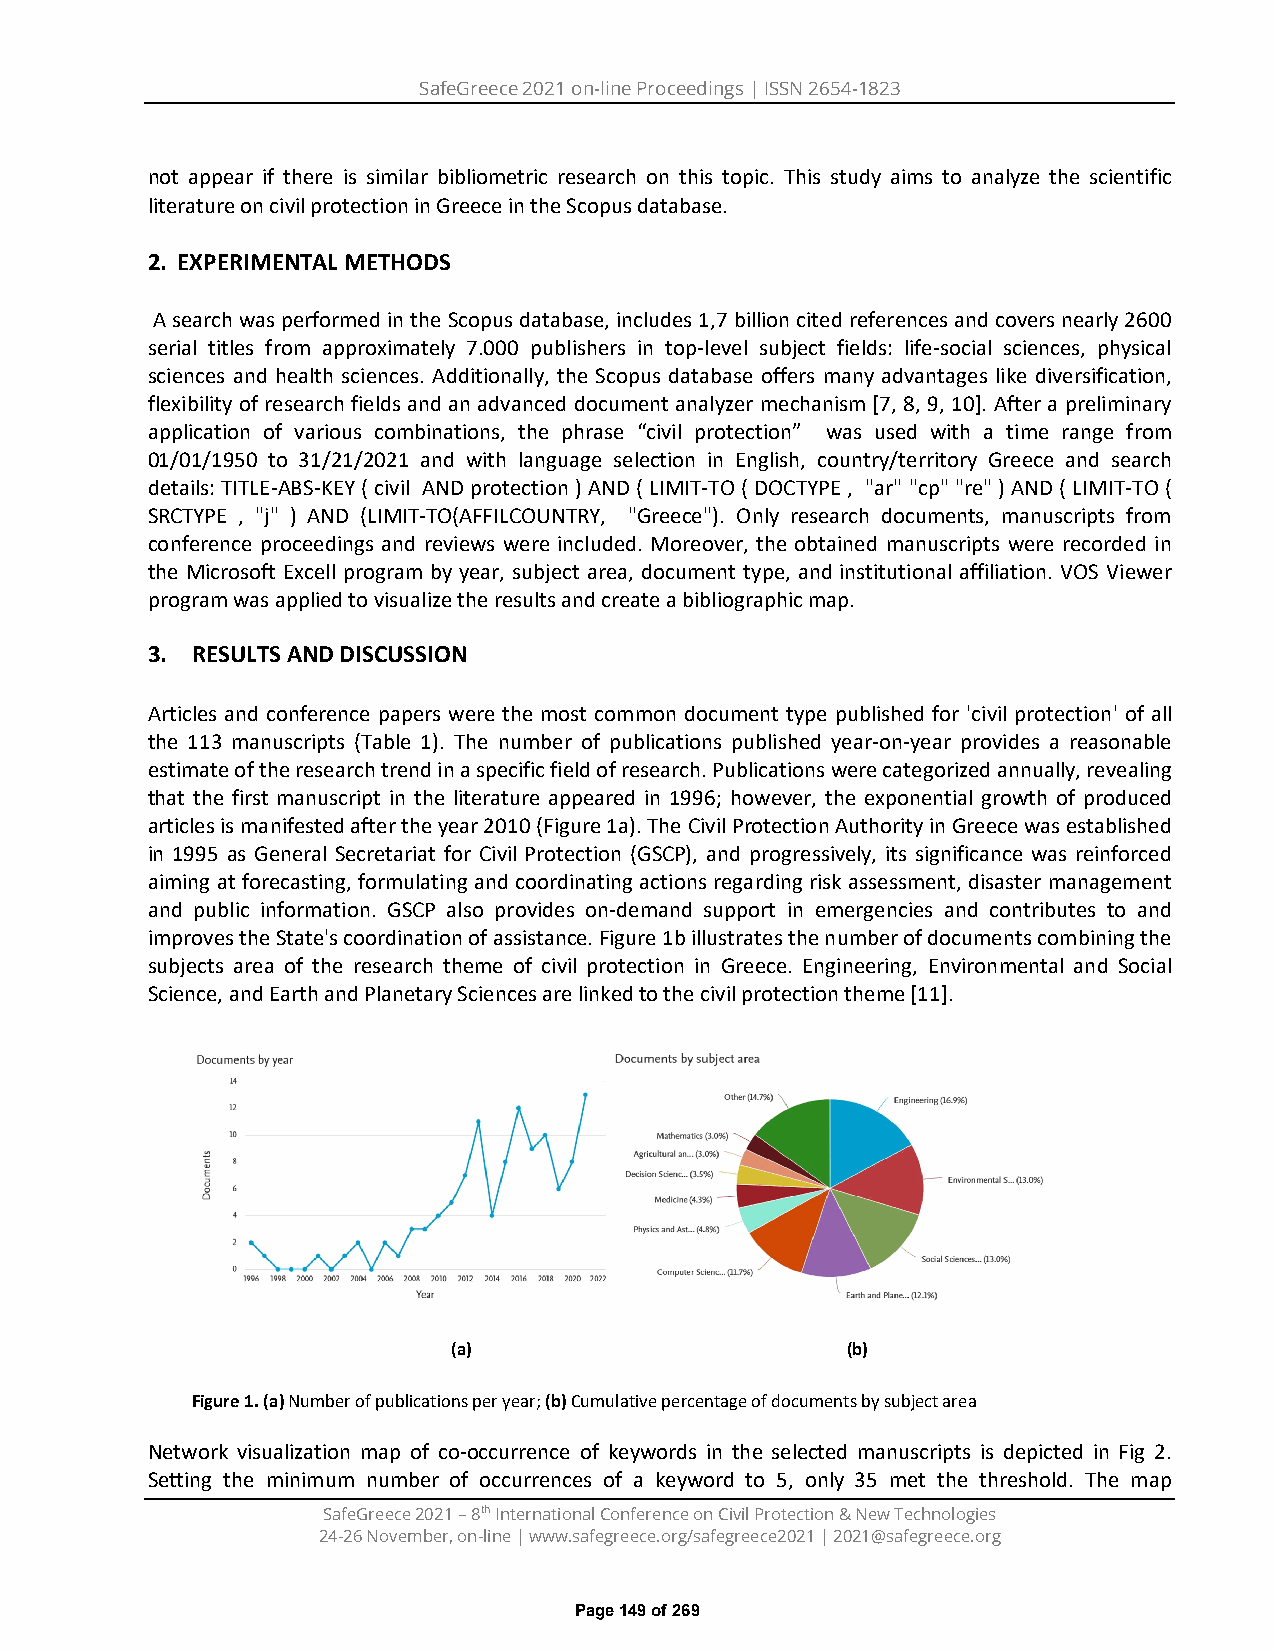
SafeGreece 2021 on-line Proceedings | ISSN 2654-1823
 not appear if there is similar bibliometric research on this topic. This study aims to analyze the scientific
 literature on civil protection in Greece in the Scopus database.
 2. EXPERIMENTAL METHODS
 A search was performed in the Scopus database, includes 1,7 billion cited references and covers nearly 2600
 serial titles from approximately 7.000 publishers in top-level subject fields: life-social sciences, physical
 sciences and health sciences. Additionally, the Scopus database offers many advantages like diversification,
 flexibility of research fields and an advanced document analyzer mechanism [7, 8, 9, 10]. After a preliminary
 application of various combinations, the phrase “civil protection” was used with a time range from
 01/01/1950 to 31/21/2021 and with language selection in English, country/territory Greece and search
 details: TITLE-ABS-KEY ( civil AND protection ) AND ( LIMIT-TO ( DOCTYPE , "ar" "cp" "re" ) AND ( LIMIT-TO (
 SRCTYPE , "j" ) AND (LIMIT-TO(AFFILCOUNTRY, "Greece"). Only research documents, manuscripts from
 conference proceedings and reviews were included. Moreover, the obtained manuscripts were recorded in
 the Microsoft Excell program by year, subject area, document type, and institutional affiliation. VOS Viewer
 program was applied to visualize the results and create a bibliographic map.
 3. RESULTS AND DISCUSSION
 Articles and conference papers were the most common document type published for 'civil protection' of all
 the 113 manuscripts (Table 1). The number of publications published year-on-year provides a reasonable
 estimate of the research trend in a specific field of research. Publications were categorized annually, revealing
 that the first manuscript in the literature appeared in 1996; however, the exponential growth of produced
 articles is manifested after the year 2010 (Figure 1a). The Civil Protection Authority in Greece was established
 in 1995 as General Secretariat for Civil Protection (GSCP), and progressively, its significance was reinforced
 aiming at forecasting, formulating and coordinating actions regarding risk assessment, disaster management
 and public information. GSCP also provides on-demand support in emergencies and contributes to and
 improves the State's coordination of assistance. Figure 1b illustrates the number of documents combining the
 subjects area of the research theme of civil protection in Greece. Engineering, Environmental and Social
 Science, and Earth and Planetary Sciences are linked to the civil protection theme [11].
 (a)                       (b)
 Figure 1. (a) Number of publications per year; (b) Cumulative percentage of documents by subject area
 Network visualization map of co-occurrence of keywords in the selected manuscripts is depicted in Fig 2.
 Setting the minimum number of occurrences of a keyword to 5, only 35 met the threshold. The map
 SafeGreece 2021 – 8th International Conference on Civil Protection & New Technologies
 24-26 November, on-line | www.safegreece.org/safegreece2021 | 2021@safegreece.org
 Page 149 of 269